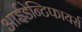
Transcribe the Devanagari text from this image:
आईडेन्टिफायर्स